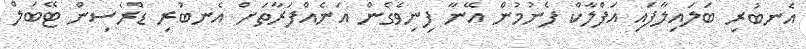
އެނބުރި ބަލައިލާފައި އަފްލާކް ފެނުމުން އޭނާ ފިނިވެގެން އަނެއްފަރާތަށް އެނބުރި ޑްރެސިން ޓޭބަލް